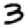
Digit: 3